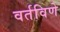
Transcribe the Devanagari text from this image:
वर्तविणे